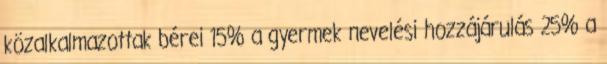
közalkalmazottak bérei 15% a gyermek nevelési hozzájárulás 25% a